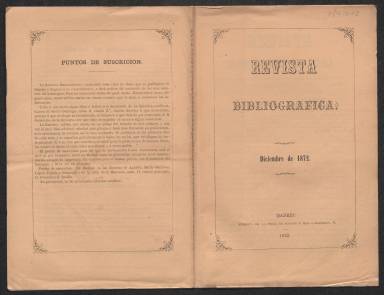
Título: Revista bibliográfica (Madrid)
Colección: Libros
Ámbito geográfico: Madrid
Lugar de publicación: Madrid
Fechas: 01/12/1872-31/03/1873